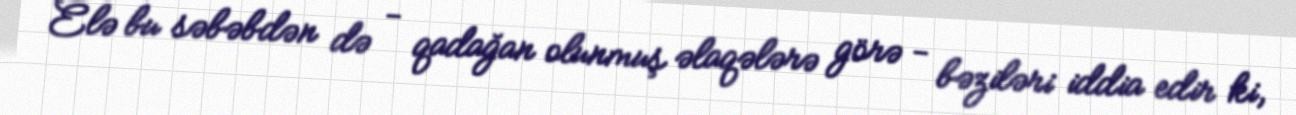
Elə bu səbəbdən də - qadağan olunmuş əlaqələrə görə - bəziləri iddia edir ki,